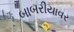
બાબરીયાવર